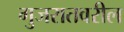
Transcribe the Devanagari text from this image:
गुजरातवरील